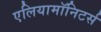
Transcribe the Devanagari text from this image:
एलियामॉनिटर्स